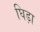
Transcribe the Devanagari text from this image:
घिड़ा